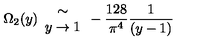
\Omega _ { 2 } ( y ) \begin{array} { c } { \sim } \\ { y \rightarrow 1 } \\ \end{array} - \frac { 1 2 8 } { \pi ^ { 4 } } \frac { 1 } { ( y - 1 ) }